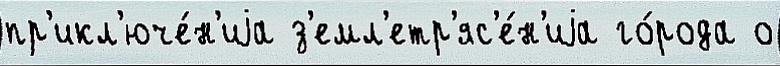
пр'икл'юче́н'иjа з'емл'етр'яс'е́н'иjа го́рода о